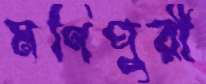
মণিপুরী